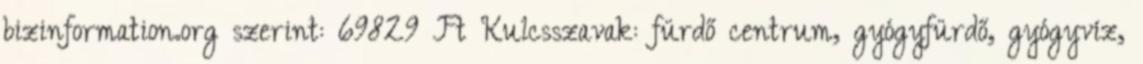
bizinformation.org szerint: 69829 Ft Kulcsszavak: fürdő centrum, gyógyfürdő, gyógyvíz,